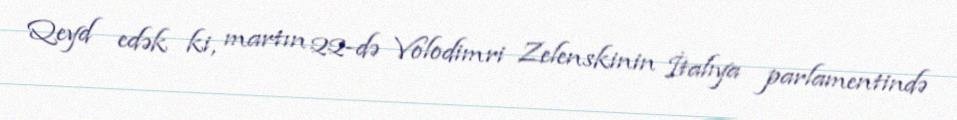
Qeyd edək ki, martın 22-də Volodimri Zelenskinin İtalıya parlamentində